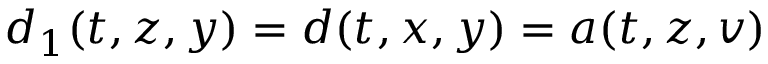
d _ { 1 } ( t , z , y ) = d ( t , x , y ) = a ( t , z , v )